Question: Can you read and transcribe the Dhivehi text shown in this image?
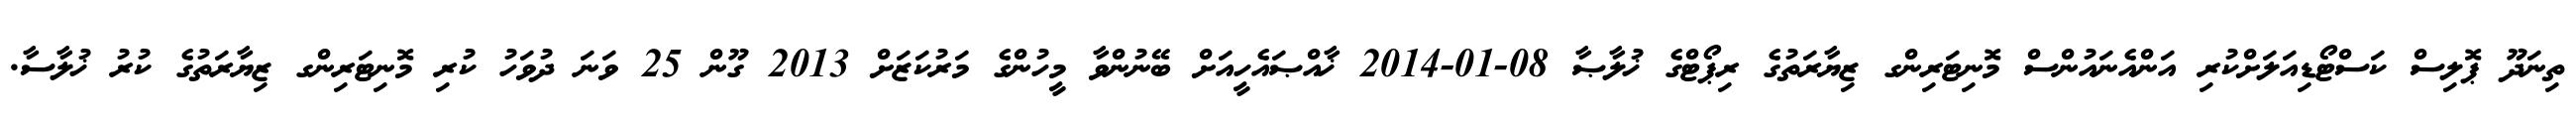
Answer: ތިނަދޫ ޕޮލިސް ކަސްޓޯޑިއަލަށްކުރި އަންއެނައުންސް މޮނިޓަރިންގ ޒިޔާރަތުގެ ރިޕޯޓްގެ ޚުލާޞާ 08-01-2014 ޚާއްޞައެހީއަށް ބޭނުންވާ މީހުންގެ މަރުކަޒަށް 2013 ގޫން 25 ވަނަ ދުވަހު ކުރި މޮނިޓަރިންގ ޒިޔާރަތުގެ ކުރު ޚުލާސާ.